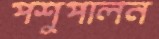
পশুপালন